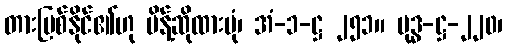
တားမြစ်နိုင်၏ဟု မိန့်ဆိုထားပုံ၊ အံ-၁-ဋ္ဌ ၂၅၁။ ဗုဒ္ဓ-ဋ္ဌ-၂၂၀၊